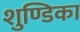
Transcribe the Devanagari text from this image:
शुण्डिका